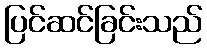
ပြင်ဆင်ခြင်းသည်